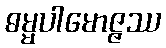
ဓမ္မပါမောဇ္ဇဿ